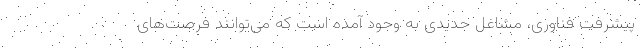
پیشرفت فناوری، مشاغل جدیدی به وجود آمده است که می‌توانند فرصت‌های